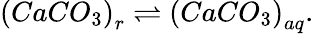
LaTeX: \left(CaCO_{3}\right)_{r}\rightleftharpoons\left(CaCO_{3}\right)_{aq}.